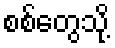
စစ်တွေသို့